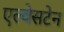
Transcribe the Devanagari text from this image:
एल्वेसटेन